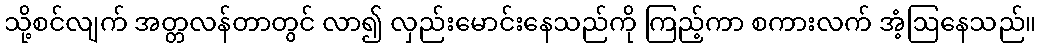
သို့စင်လျက် အတ္တလန်တာတွင် လာ၍ လှည်းမောင်းနေသည်ကို ကြည့်ကာ စကားလက် အံ့ဩနေသည်။